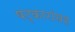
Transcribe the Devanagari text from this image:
षट्कारांसह